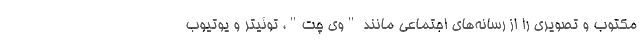
مکتوب و تصویری را از رسانه‌های اجتماعی مانند "وی چت"، توئیتر و یوتیوب